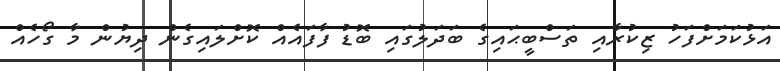
އަޅުކަމަށްފަހު ޒިކުރާއި ތަސްބީޙައިގެ ބަދަލުގައި ބޮޑު ފާފައެއް ކޮށްލައިގެން ދިޔުން މާ ގޯހެއް